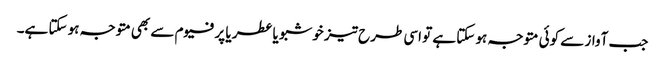
جب آواز سے کوئی متوجہ ہو سکتا ہے تو اسی طرح تیز خوشبو یا عطر یا پرفیوم سے بھی متوجہ ہو سکتا ہے۔